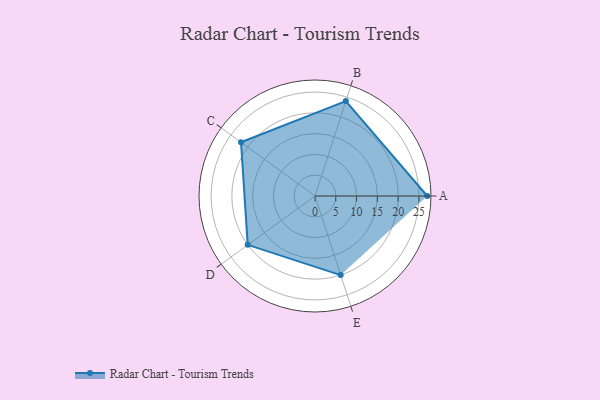
{"axis": {"x": "Skill", "y": "Score"}, "legend": ["Profile"], "data": [{"x": "A", "y": 27.0, "type": "Profile"}, {"x": "B", "y": 24.0, "type": "Profile"}, {"x": "C", "y": 22.0, "type": "Profile"}, {"x": "D", "y": 20, "type": "Profile"}, {"x": "E", "y": 20, "type": "Profile"}]}